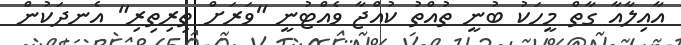
އާއިލާއާ ގާތް މީހަކު ބުނީ ތުއްތު ކުއްޖާ ވެއްޓުނީ "ވަރަށް ތިރިތިރި" އެނދަކުން